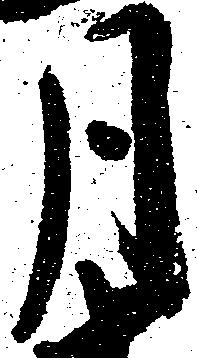
月